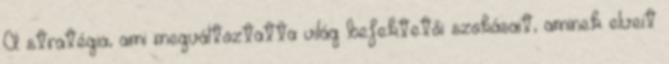
A stratégia, ami megváltoztatta világ befektetői szokásait, aminek elveit